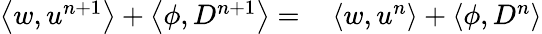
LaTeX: \begin{array}{rl}{\left\langle w,u^{n+1}\right\rangle+\left\langle\phi,D^{n+1}\right\rangle=}&{{}\left\langle w,u^{n}\right\rangle+\left\langle\phi,D^{n}\right\rangle}\end{array}